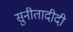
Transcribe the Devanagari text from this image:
सुनीतादीदी